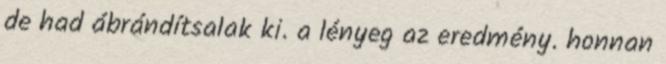
de had ábrándítsalak ki. a lényeg az eredmény. honnan